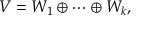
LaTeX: V = W _ { 1 } \oplus \cdots \oplus W _ { k } ,